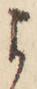
よ